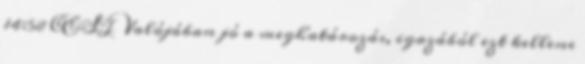
14:58 CEST Valójában jó a meghatározás, igazából ezt kellene